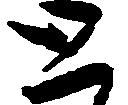
と